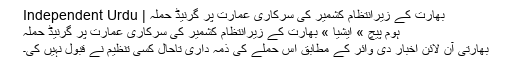
بھارت کے زیرانتظام کشمیر کی سرکاری عمارت پر گرنیڈ حملہ | Independent Urdu
ہوم پیچ » ایشیا » بھارت کے زیرانتظام کشمیر کی سرکاری عمارت پر گرنیڈ حملہ
بھارتی آن لائن اخبار دی وائر کے مطابق اس حملے کی ذمہ داری تاحال کسی تنظیم نے قبول نہیں کی۔